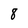
Character: 8